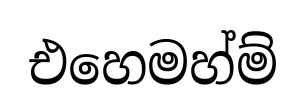
එහෙමහ්ම්